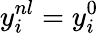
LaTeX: y_{i}^{nl}=y_{i}^{0}